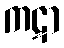
ကဋာ